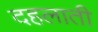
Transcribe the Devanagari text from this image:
दहलाती